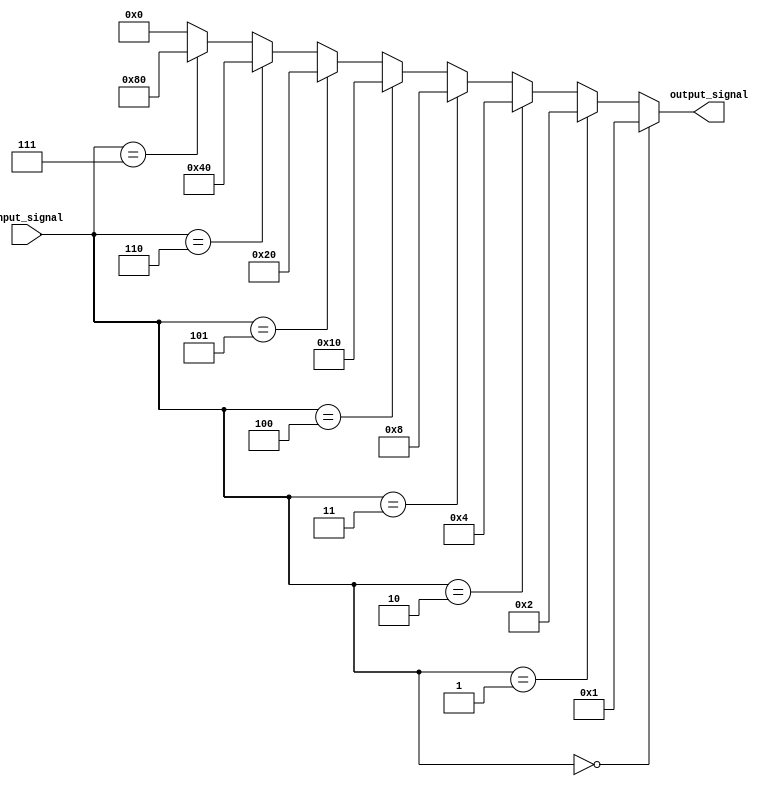
module decoder (
    input [N-1:0] input_signal,
    output [M-1:0] output_signal
);

// parameter declarations
parameter N = 3; // number of input bits
parameter M = 8; // number of output signals

// logic for decoder
assign output_signal =  ((input_signal == 3'b000) ? 1 :
                        ((input_signal == 3'b001) ? 2 :
                        ((input_signal == 3'b010) ? 4 :
                        ((input_signal == 3'b011) ? 8 :
                        ((input_signal == 3'b100) ? 16 :
                        ((input_signal == 3'b101) ? 32 :
                        ((input_signal == 3'b110) ? 64 :
                        ((input_signal == 3'b111) ? 128 : 0))))))));
    
endmodule